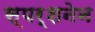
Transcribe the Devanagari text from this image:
स्पर्शनेन